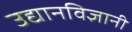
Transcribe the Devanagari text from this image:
उद्यानविज्ञानी